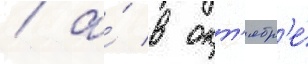
/ а́ в окт'ябр'е́